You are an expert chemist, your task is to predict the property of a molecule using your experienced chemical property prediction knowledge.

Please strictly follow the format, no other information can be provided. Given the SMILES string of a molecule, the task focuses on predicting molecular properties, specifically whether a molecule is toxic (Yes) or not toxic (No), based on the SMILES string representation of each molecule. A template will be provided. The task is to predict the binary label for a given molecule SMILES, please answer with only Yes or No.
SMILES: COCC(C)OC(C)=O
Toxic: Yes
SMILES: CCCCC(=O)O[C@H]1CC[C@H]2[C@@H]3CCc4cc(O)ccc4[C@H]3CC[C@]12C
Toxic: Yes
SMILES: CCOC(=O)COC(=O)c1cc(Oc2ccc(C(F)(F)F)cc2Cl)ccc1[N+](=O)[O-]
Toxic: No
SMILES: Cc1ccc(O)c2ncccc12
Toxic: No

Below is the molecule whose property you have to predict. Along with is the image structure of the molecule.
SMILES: COc1ccc(Cl)cc1C(=O)NCCc1ccc(S(N)(=O)=O)cc1
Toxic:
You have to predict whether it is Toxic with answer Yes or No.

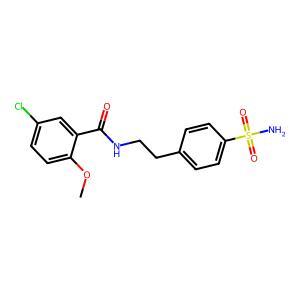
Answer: No